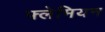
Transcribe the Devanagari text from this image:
फ्लेमियन